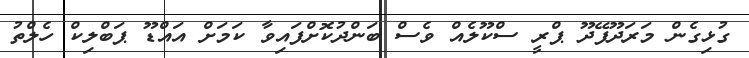
ގުޅިގެން މަރަދޫފޭދޫ ޕްރީ ސްކޫލެއް ވެސް ބަންދުކޮށްފައިވާ ކަމަށް އައްޑޫ ޕަބްލިކް ހެލްތު